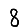
Digit: 8